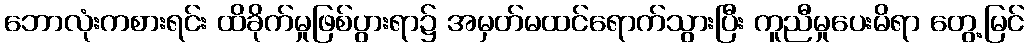
ဘောလုံးကစားရင်း ထိခိုက်မှုဖြစ်ပွားရာ၌ အမှတ်မထင်ရောက်သွားပြီး ကူညီမှုပေးမိရာ တွေ့မြင်